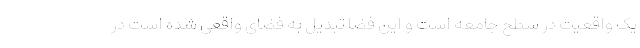
یک واقعیت در سطح جامعه است و این فضا تبدیل به فضای واقعی شده است در